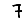
Digit: 7